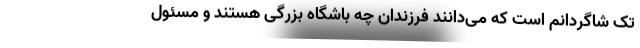
تک شاگردانم است که می‌دانند فرزندان چه باشگاه بزرگی هستند و مسئول